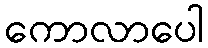
ကောလာပေါ